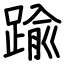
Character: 踰